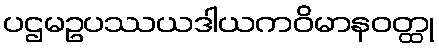
ပဌမဥပဿယဒါယကဝိမာနဝတ္ထု